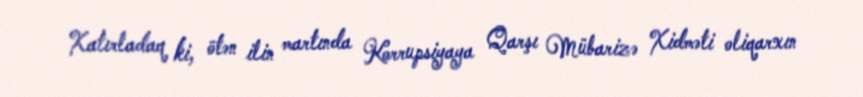
Xatırladaq ki, ötən ilin martında Korrupsiyaya Qarşı Mübarizə Xidməti oliqarxın